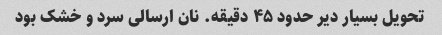
تحویل بسیار دیر حدود ۴۵ دقیقه. نان ارسالی سرد و خشک بود